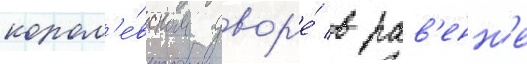
корол'е́вском двор'е́ в рав'енн'е